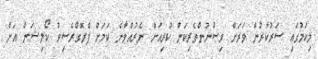
މިކަމުގައި ސަރުކާރުން ވަރަށް ވިސްނުންތެރިކަން ކުރިއަށް ނެރުއްވާނެ ކަމަށް ޕްރޮގްރެސިވް ކޯލިޝަން އަށް